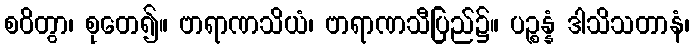
စဝိတွာ၊ စုတေ၍။ ဗာရာဏသိယံ၊ ဗာရာဏသီပြည်၌။ ပဉ္စန္နံ ဒါသိသတာနံ၊